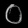
Digit: ၀